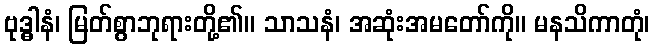
ဗုဒ္ဓါနံ၊ မြတ်စွာဘုရားတို့၏။ သာသနံ၊ အဆုံးအမတော်ကို။ မနသိကာတုံ၊